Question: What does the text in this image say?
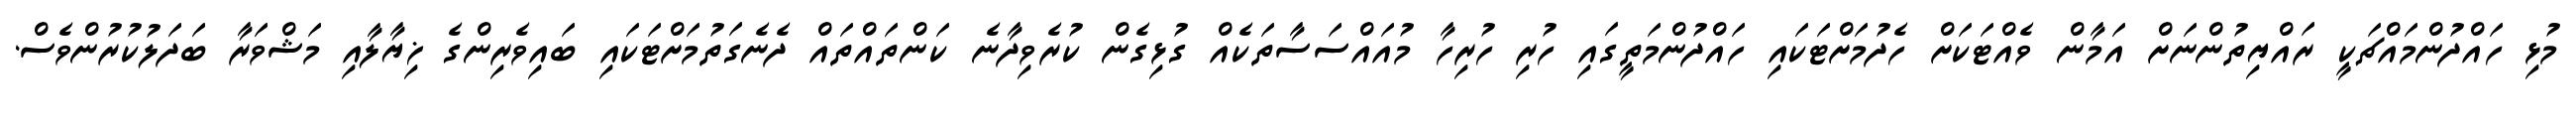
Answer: މުޅި ހައްދުންމައްޗަކީ ރައްޔިތުންނަށް އަމާން ވެއްޓަކަށް ހެދުމަށްޓަކައި ހައްދުންމަތީގައި ހުރި ހުރިހާ މުއައްސަސާތަކެއް ގުޅިގެން ކުރެވިދާނެ ކަންތައްތައް ދެނެގަތުމަށްޓަކައި ބައިވެރިންގެ ޚިޔާލާއި މަޝްވަރާ ބަދަލުކުރުންވެސް.